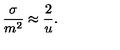
\frac { \sigma } { m ^ { 2 } } \approx \frac { 2 } { u } .